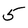
Character: 5